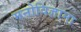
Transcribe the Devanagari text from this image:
मनोविज्ञाना